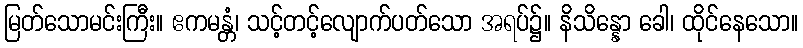
မြတ်သောမင်းကြီး။ ဧကမန္တံ၊ သင့်တင့်လျောက်ပတ်သော အရပ်၌။ နိသိန္နော ခေါ၊ ထိုင်နေသော။